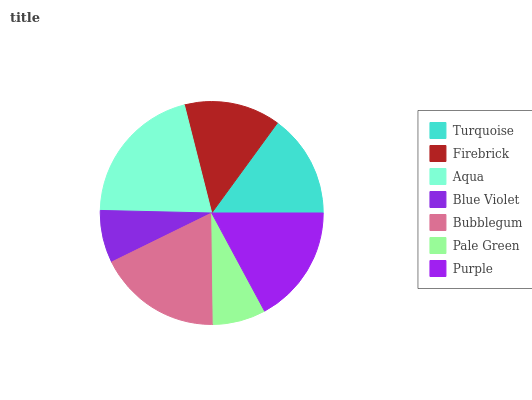
| Turquoise | Firebrick | Aqua | Blue Violet | Bubblegum | Pale Green | Purple |
 | --- | --- | --- | --- | --- | --- | --- |
 | 15% | 14% | 20.7% | 7.62% | 18% | 7.65% | 17.2% |